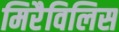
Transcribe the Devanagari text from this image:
मिरैविलिस